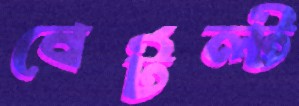
বের্টল্ট